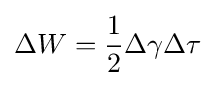
\Delta W={\frac {1}{2}}\Delta \gamma \Delta \tau